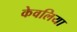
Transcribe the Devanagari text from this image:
केवलिया